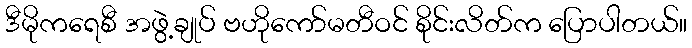
ဒီမိုကရေစီ အဖွဲ့ချုပ် ဗဟိုကော်မတီဝင် စိုင်းလိတ်က ပြောပါတယ်။